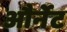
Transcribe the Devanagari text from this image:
और्नेट